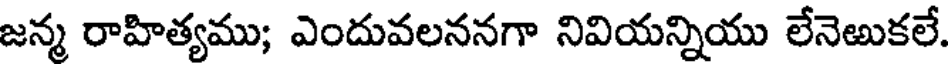
జన్మ రాహిత్యము; ఎందువలననగా నివియన్నియు లేనెఱుకలే.